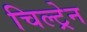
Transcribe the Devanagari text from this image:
चिल्ट्रेन